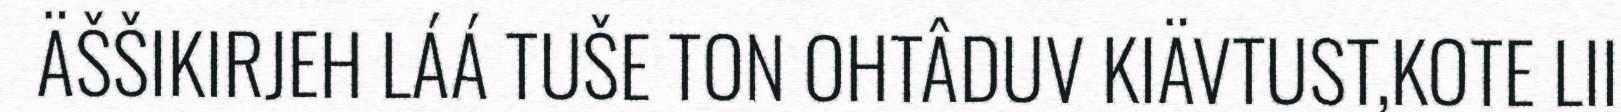
ÄŠŠIKIRJEH LÁÁ TUŠE TON OHTÂDUV KIÄVTUST,KOTE LII